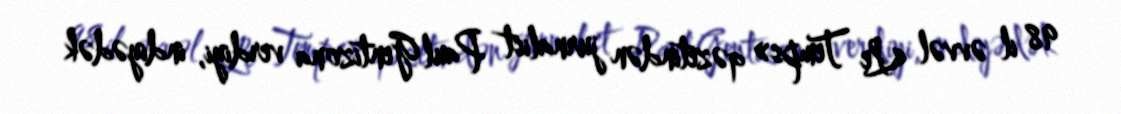
98 il əvvəl «Le Temps» qəzetindən jurnalist Paul Gentizona verdiyi, indiyədək